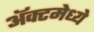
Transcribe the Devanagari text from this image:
ॲक्टमेध्ये